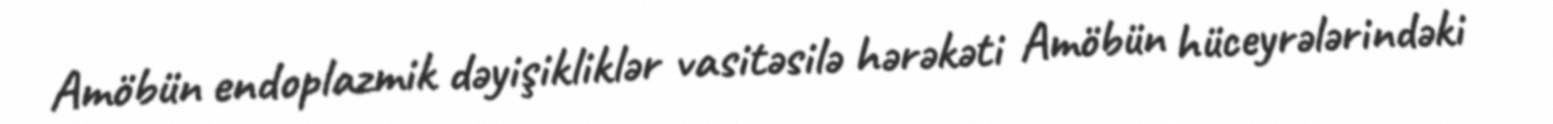
Amöbün endoplazmik dəyişikliklər vasitəsilə hərəkəti Amöbün hüceyrələrindəki